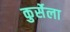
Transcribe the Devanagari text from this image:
कुर्सेला